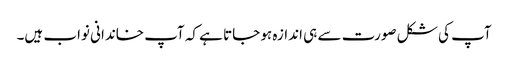
آپ کی شکل صورت سے ہی اندازہ ہو جاتا ہے کہ آپ خاندانی نواب ہیں۔